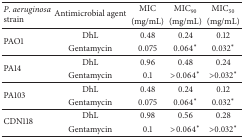
<table><thead><tr><td rowspan="2"><b><i>P</i>. <i>aeruginosa</i> strain</b></td><td rowspan="2"><b>Antimicrobial agent</b></td><td><b>MIC </b></td><td><b>MIC<sub>90</sub></b></td><td><b>MIC<sub>50</sub></b></td></tr><tr><td><b>(mg/mL)</b></td><td><b>(mg/mL)</b></td><td><b>(mg/mL)</b></td></tr></thead><tbody><tr><td rowspan="2">PAO1</td><td>DhL</td><td>0.48</td><td>0.24</td><td>0.12</td></tr><tr><td>Gentamycin</td><td>0.075</td><td>0.064<sup><i>∗</i></sup></td><td>0.032<sup><i>∗</i></sup></td></tr><tr><td rowspan="2">PA14</td><td>DhL</td><td>0.96</td><td>0.48</td><td>0.24</td></tr><tr><td>Gentamycin</td><td>0.1</td><td>&gt;0.064<sup><i>∗</i></sup></td><td>&gt;0.032<sup><i>∗</i></sup></td></tr><tr><td rowspan="2">PA103</td><td>DhL</td><td>0.48</td><td>0.24</td><td>0.12</td></tr><tr><td>Gentamycin</td><td>0.075</td><td>0.064<sup><i>∗</i></sup></td><td>0.032<sup><i>∗</i></sup></td></tr><tr><td rowspan="2">CDN118</td><td>DhL</td><td>0.98</td><td>0.56</td><td>0.28</td></tr><tr><td>Gentamycin</td><td>0.1</td><td>&gt;0.064<sup><i>∗</i></sup></td><td>&gt;0.032<sup><i>∗</i></sup></td></tr></tbody></table>